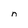
Character: n